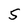
Character: 5